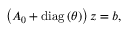
\begin{array} { r } { \left( A _ { 0 } + \operatorname { d i a g } \left( \theta \right) \right) z = b , } \end{array}